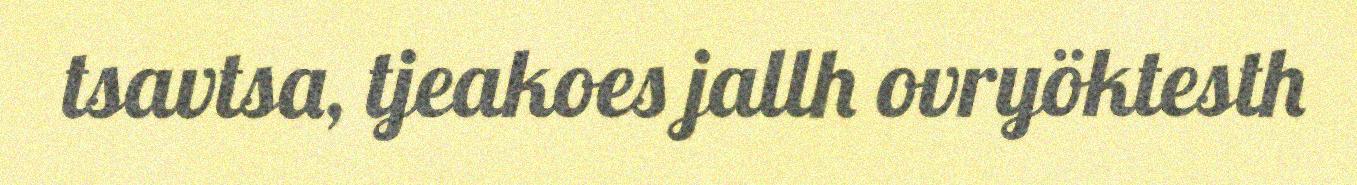
tsavtsa, tjeakoes jallh ovryöktesth